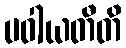
ပဝါယတီတိ